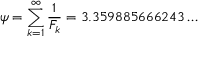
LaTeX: \psi = \sum _ { k = 1 } ^ { \infty } { \frac { 1 } { F _ { k } } } = 3 . 3 5 9 8 8 5 6 6 6 2 4 3 \dots